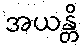
အယန္တိ